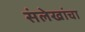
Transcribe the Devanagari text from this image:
संलेखांचा